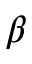
\beta